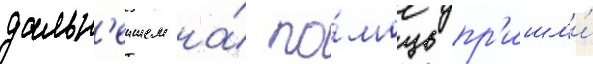
дальн'еишем на́ по́мощь пр'ишл'и́